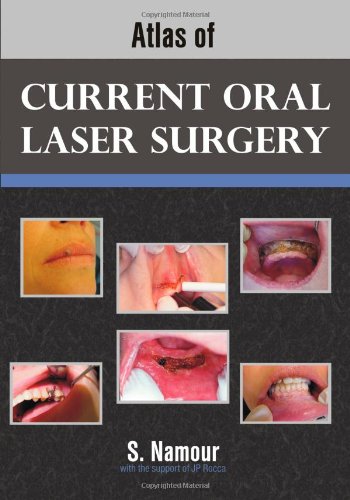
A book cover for Atlas of Current Oral Laser Surgery; S. Namour; Medical Books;